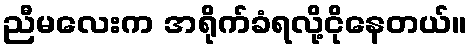
ညီမလေးက အရိုက်ခံရလို့ငိုနေတယ်။